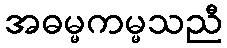
အဓမ္မကမ္မသညီ